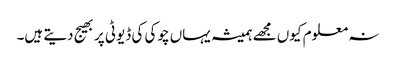
نہ معلوم کیوں مجھے ہمیشہ یہاں چوکی کی ڈیوٹی پر بھیج دیتے ہیں۔